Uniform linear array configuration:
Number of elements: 64
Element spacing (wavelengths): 0.75
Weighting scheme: uniform
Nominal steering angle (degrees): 45
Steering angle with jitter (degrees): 44.615
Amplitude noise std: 0.05
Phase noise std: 0.05

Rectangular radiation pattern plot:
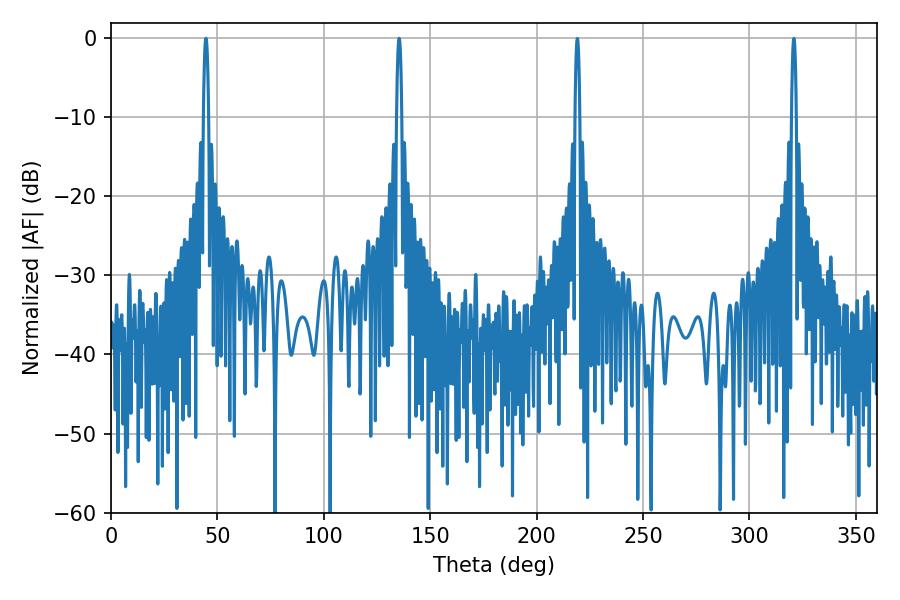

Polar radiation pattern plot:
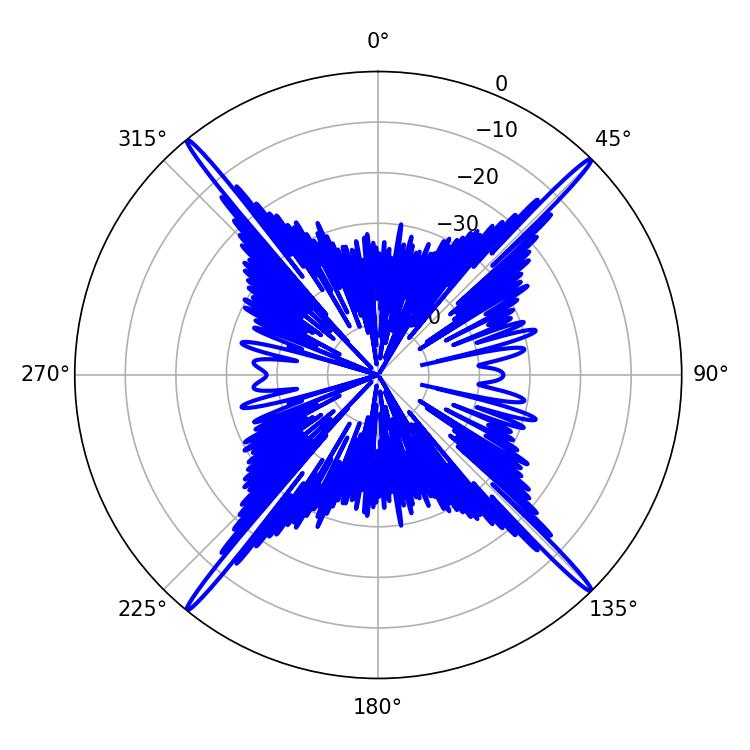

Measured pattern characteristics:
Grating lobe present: TRUE
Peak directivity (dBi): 24.361
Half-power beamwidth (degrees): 1.26
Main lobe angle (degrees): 44.64